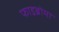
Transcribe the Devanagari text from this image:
फाइब्रोमा